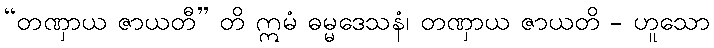
“တဏှာယ ဇာယတီ” တိ ဣမံ ဓမ္မဒေသနံ၊ တဏှာယ ဇာယတိ - ဟူသော